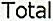
TOTAL